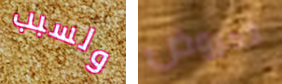
ولسبب العروض